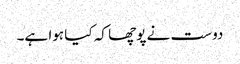
دوست نے پوچھا کہ کیا ہوا ہے۔